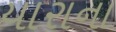
યારાના